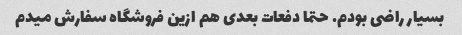
بسیار راضی بودم. حتما دفعات بعدی هم ازین فروشگاه سفارش میدم